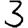
Digit: 3